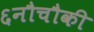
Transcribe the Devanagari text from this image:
६नौचौकी